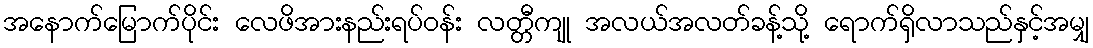
အနောက်မြောက်ပိုင်း လေဖိအားနည်းရပ်ဝန်း လတ္တီကျု အလယ်အလတ်ခန့်သို့ ရောက်ရှိလာသည်နှင့်အမျှ